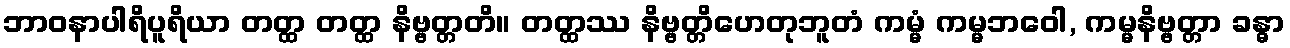
ဘာဝနာပါရိပူရိယာ တတ္ထ တတ္ထ နိဗ္ဗတ္တတိ။ တတ္ထဿ နိဗ္ဗတ္တိဟေတုဘူတံ ကမ္မံ ကမ္မဘဝေါ, ကမ္မနိဗ္ဗတ္တာ ခန္ဓာ